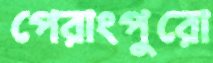
পেরাংপুরো